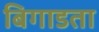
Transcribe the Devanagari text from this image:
बिगाडता